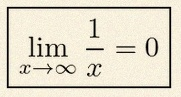
\lim_{x\to\infty}\frac{1}{x}=0